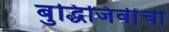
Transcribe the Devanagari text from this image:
बुद्धिजिवींची